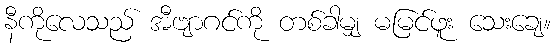
နီကိုလေသည် အီဗျာဂင်ကို တစ်ခါမျှ မမြင်ဖူး သေးချေ။